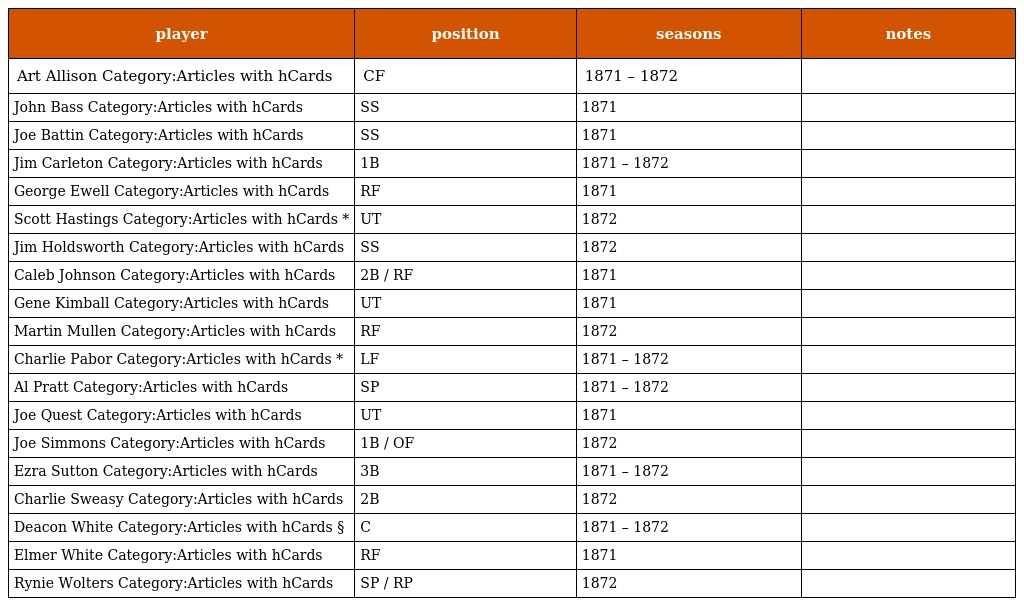
| player | position | seasons | notes |
 | --- | --- | --- | --- |
 | Art Allison Category:Articles with hCards | CF | 1871 – 1872 |  |
 | John Bass Category:Articles with hCards | SS | 1871 |  |
 | Joe Battin Category:Articles with hCards | SS | 1871 |  |
 | Jim Carleton Category:Articles with hCards | 1B | 1871 – 1872 |  |
 | George Ewell Category:Articles with hCards | RF | 1871 |  |
 | Scott Hastings Category:Articles with hCards * | UT | 1872 |  |
 | Jim Holdsworth Category:Articles with hCards | SS | 1872 |  |
 | Caleb Johnson Category:Articles with hCards | 2B / RF | 1871 |  |
 | Gene Kimball Category:Articles with hCards | UT | 1871 |  |
 | Martin Mullen Category:Articles with hCards | RF | 1872 |  |
 | Charlie Pabor Category:Articles with hCards * | LF | 1871 – 1872 |  |
 | Al Pratt Category:Articles with hCards | SP | 1871 – 1872 |  |
 | Joe Quest Category:Articles with hCards | UT | 1871 |  |
 | Joe Simmons Category:Articles with hCards | 1B / OF | 1872 |  |
 | Ezra Sutton Category:Articles with hCards | 3B | 1871 – 1872 |  |
 | Charlie Sweasy Category:Articles with hCards | 2B | 1872 |  |
 | Deacon White Category:Articles with hCards § | C | 1871 – 1872 |  |
 | Elmer White Category:Articles with hCards | RF | 1871 |  |
 | Rynie Wolters Category:Articles with hCards | SP / RP | 1872 |  |